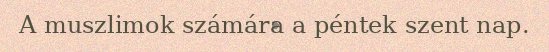
A muszlimok számára a péntek szent nap.